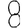
Digit: 8